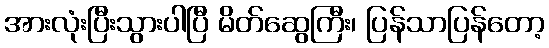
အားလုံးပြီးသွားပါပြီ မိတ်ဆွေကြီး၊ ပြန်သာပြန်တော့